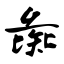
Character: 彘